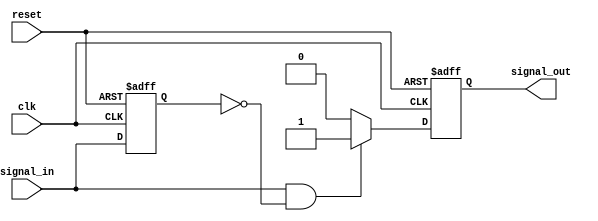
module positive_edge_detector (
    input wire clk,          // Clock signal
    input wire reset,        // Active high reset signal
    input wire signal_in,    // Input signal to detect rising edge
    output reg signal_out     // Output signal for rising edge detection
);

// Internal register to store the previous state of the input signal
reg signal_in_prev;

// Always block to implement the edge detection logic
always @(posedge clk or posedge reset) begin
    if (reset) begin
        // Initialize output and previous state on reset
        signal_out <= 1'b0;
        signal_in_prev <= 1'b0;
    end else begin
        // Update previous input state
        signal_in_prev <= signal_in;

        // Detect rising edge
        if (signal_in && !signal_in_prev) begin
            signal_out <= 1'b1; // Set output high on rising edge
        end else begin
            signal_out <= 1'b0; // Reset output to low
        end
    end
end

endmodule